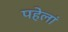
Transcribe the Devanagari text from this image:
पहेलां